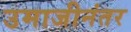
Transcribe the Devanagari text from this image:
उमाजीनंतर